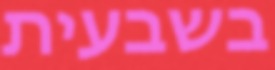
בשבעית